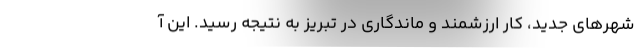
شهرهای جدید، کار ارزشمند و ماندگاری در تبریز به نتیجه رسید. این آ